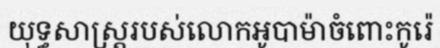
យុទ្ធសាស្ត្ររបស់លោកអូបាម៉ាចំពោះកូរ៉េ